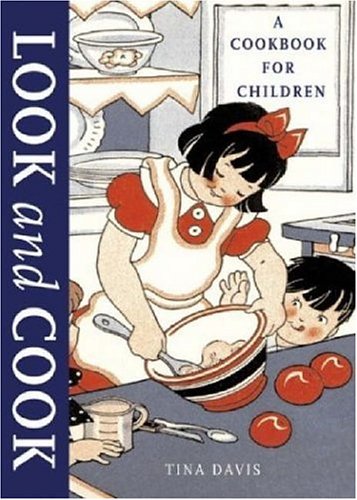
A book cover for Look and Cook: A Cookbook for Children; Tina Davis; Cookbooks, Food & Wine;